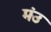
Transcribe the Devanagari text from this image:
मंउ